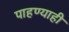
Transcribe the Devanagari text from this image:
पाहण्याही